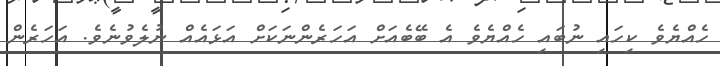
ހެއްޔެވެ ކިހައި ނުބައި ހެއްޔެވެ އެ ބޭބެއަށް އަހަރެންނަކަށް އަޅައެއް ނުލެވުނެވެ. އަހަރެން